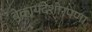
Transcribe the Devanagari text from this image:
बेकायदेशीरपणा